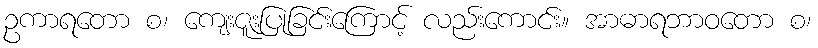
ဥကာရတော စ၊ ကျေးဇူးပြုခြင်းကြောင့် လည်းကောင်း။ အာဓာရဘာဝတော စ၊